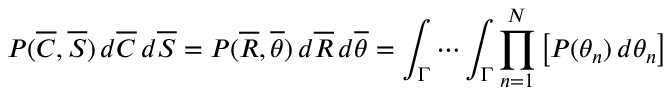
P ( { \overline { { C } } } , { \overline { { S } } } ) \, d { \overline { { C } } } \, d { \overline { { S } } } = P ( { \overline { { R } } } , { \overline { { \theta } } } ) \, d { \overline { { R } } } \, d { \overline { { \theta } } } = \int _ { \Gamma } \cdots \int _ { \Gamma } \prod _ { n = 1 } ^ { N } \left[ P ( \theta _ { n } ) \, d \theta _ { n } \right]